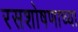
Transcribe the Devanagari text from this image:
रसशोषणाच्या